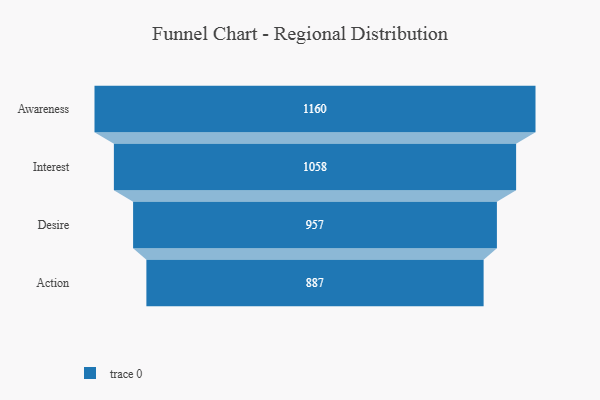
{"axis": {"x": "Stage", "y": "Value"}, "legend": [""], "data": [{"x": "Awareness", "y": 1160.0, "type": ""}, {"x": "Interest", "y": 1058.0, "type": ""}, {"x": "Desire", "y": 957.0, "type": ""}, {"x": "Action", "y": 887.0, "type": ""}]}